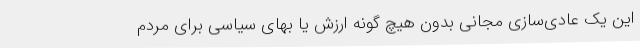
این یک عادی‌سازی مجانی بدون هیچ گونه ارزش یا بهای سیاسی برای مردم